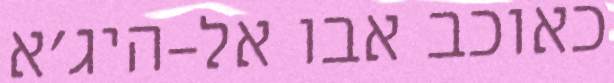
כאוכב אבו אל-היג'א